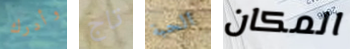
وأدرك تاج الحبة المكان